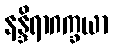
နန္ဒိရာဂက္ခယာ